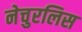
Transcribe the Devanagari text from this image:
नेचुरलिस